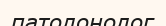
патолонолог